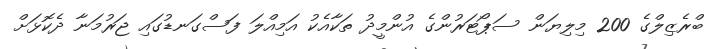
ބްރެޒިލްގެ 200 މިލިޔަން ސަޕޯޓަރުންގެ އުންމީދު ތަކާއެކު އަމިއްލަ ފަސްގަނޑުގައި ޖަރުމަނާ ދެކޮޅަށް